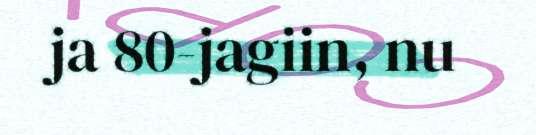
ja 80-jagiin, nu